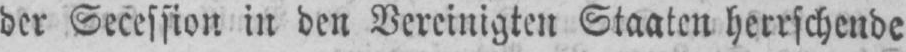
der Secession in den Vereinigten Staaten herrschende